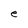
Character: e